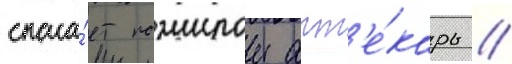
спаса́ет пожилои апт'е́карь //